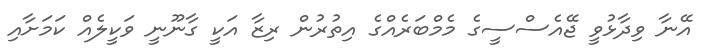
އޭނާ ވިދާޅުވީ ޖޭއެސްސީގެ މެމްބަރެއްގެ އިތުރުން ރިޒާ އަކީ ގާނޫނީ ވަކީލެއް ކަމަށާއި